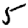
Digit: 5